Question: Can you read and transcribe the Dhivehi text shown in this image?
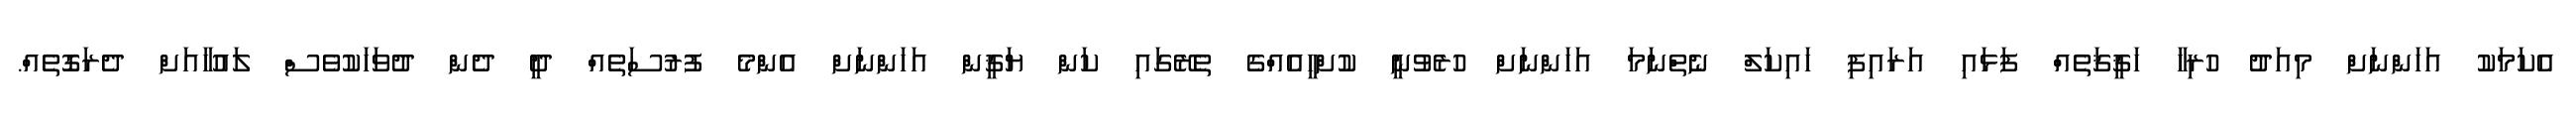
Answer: އެކަމަކު އަހަންނަށް މިއަދު ހުރިހާ ހަޤީޤަތެއް ފަޅައި އަރައިފި ހައިކަލް ނެތްނަމަ އަހަންނަށް ހުރެވުނީ ކުށްހީއެއްގެ ތެރޭގައި ކަން ޔަޤީން އަހަންނަށް އެންމެ ފުރުސަތެއް ދީ ދެން ދުވަހަކުވެސް ލައުހާއަށް ދެރަގޮތެއް.